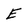
Character: E